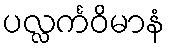
ပလ္လင်္ကဝိမာနံ